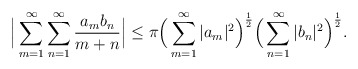
\begin{align*} \Big|\sum_{m=1}^\infty\sum_{n=1}^\infty\frac{a_mb_n}{m+n}\Big| \leq \pi\Big(\sum_{m=1}^\infty |a_m|^2\Big)^\frac{1}{2}\Big(\sum_{n=1}^\infty |b_n|^2\Big)^\frac{1}{2}. \end{align*}